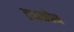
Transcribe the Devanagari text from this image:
ट्राइक्रोम